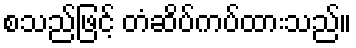
စသည်ဖြင့် တံဆိပ်ကပ်ထားသည်။